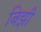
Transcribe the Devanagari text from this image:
बिझी